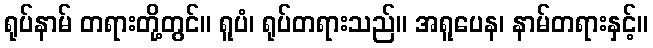
ရုပ်နာမ် တရားတို့တွင်။ ရူပံ၊ ရုပ်တရားသည်။ အရူပေန၊ နာမ်တရားနှင့်။